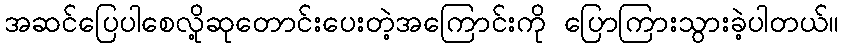
အဆင်ပြေပါစေလို့ဆုတောင်းပေးတဲ့အကြောင်းကို ပြောကြားသွားခဲ့ပါတယ်။